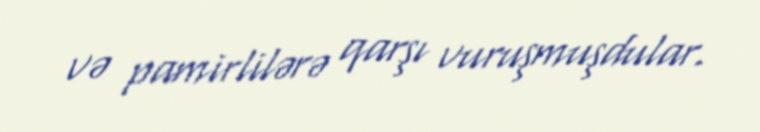
və pamirlilərə qarşı vuruşmuşdular.